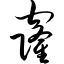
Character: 窿